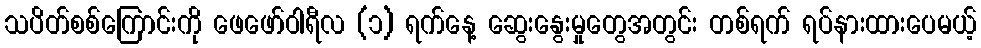
သပိတ်စစ်ကြောင်းကို ဖေဖော်ဝါရီလ (၁) ရက်နေ့ ဆွေးနွေးမှုတွေအတွင်း တစ်ရက် ရပ်နားထားပေမယ့်